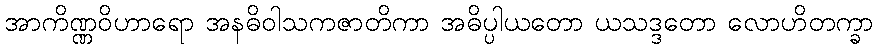
အာကိဏ္ဏဝိဟာရော အနဓိဝါသကဇာတိကာ အဓိပ္ပါယတော ယသဒ္ဒတော လောဟိတက္ခာ